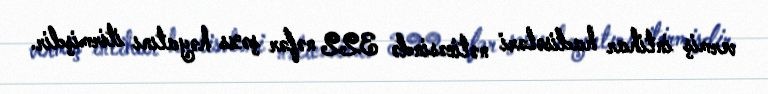
vermiş intihar hadisələri nəticəsində 322 nəfər şəxs həyatını itirmişdir.